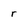
Character: r